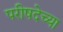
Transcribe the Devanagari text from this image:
परीषदेच्या